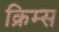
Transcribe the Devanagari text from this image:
क्रिम्स